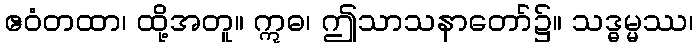
ဧဝံတထာ၊ ထို့အတူ။ ဣဓ၊ ဤသာသနာတော်၌။ သဒ္ဓမ္မဿ၊